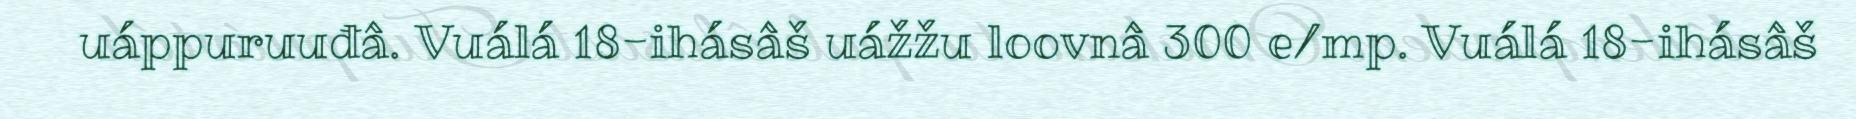
uáppuruuđâ. Vuálá 18-ihásâš uážžu loovnâ 300 e/mp. Vuálá 18-ihásâš